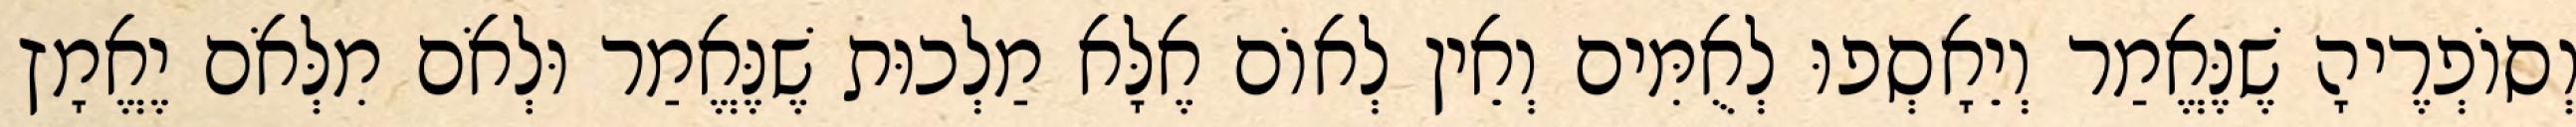
וְסוֹפְרֶיהָ שֶׁנֶּאֱמַר וְיֵאָסְפוּ לְאֻמִּים וְאֵין לְאוֹם אֶלָּא מַלְכוּת שֶׁנֶּאֱמַר וּלְאֹם מִלְּאֹם יֶאֱמָץ